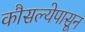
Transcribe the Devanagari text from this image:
कौसल्येपासून